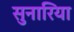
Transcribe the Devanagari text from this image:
सुनारिया